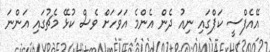
އޭއެފްސީ ކަޕްގައި ނިއު ދެން އެންމެ އަވަހަށް ވެސް ކުޅޭ މެޗުގައި އަންނަ